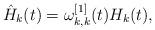
LaTeX: \begin{align*}\hat H_k(t)=\omega^{[1]}_{k,k}(t)H_k(t),\end{align*}